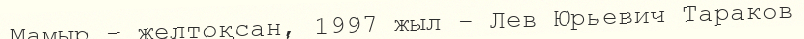
Мамыр – желтоқсан, 1997 жыл – Лев Юрьевич Тараков